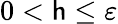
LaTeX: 0<\mathsf{h}\leq\varepsilon